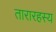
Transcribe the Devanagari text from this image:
तारारहस्य